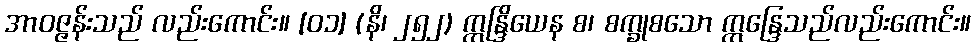
အာဝဇ္ဇန်းသည် လည်းကောင်း။ [၀၁] (နိ၊ ၂၅၂) ဣန္ဒြိယေန စ၊ စက္ခုစသော ဣန္ဒြေသည်လည်းကောင်း။